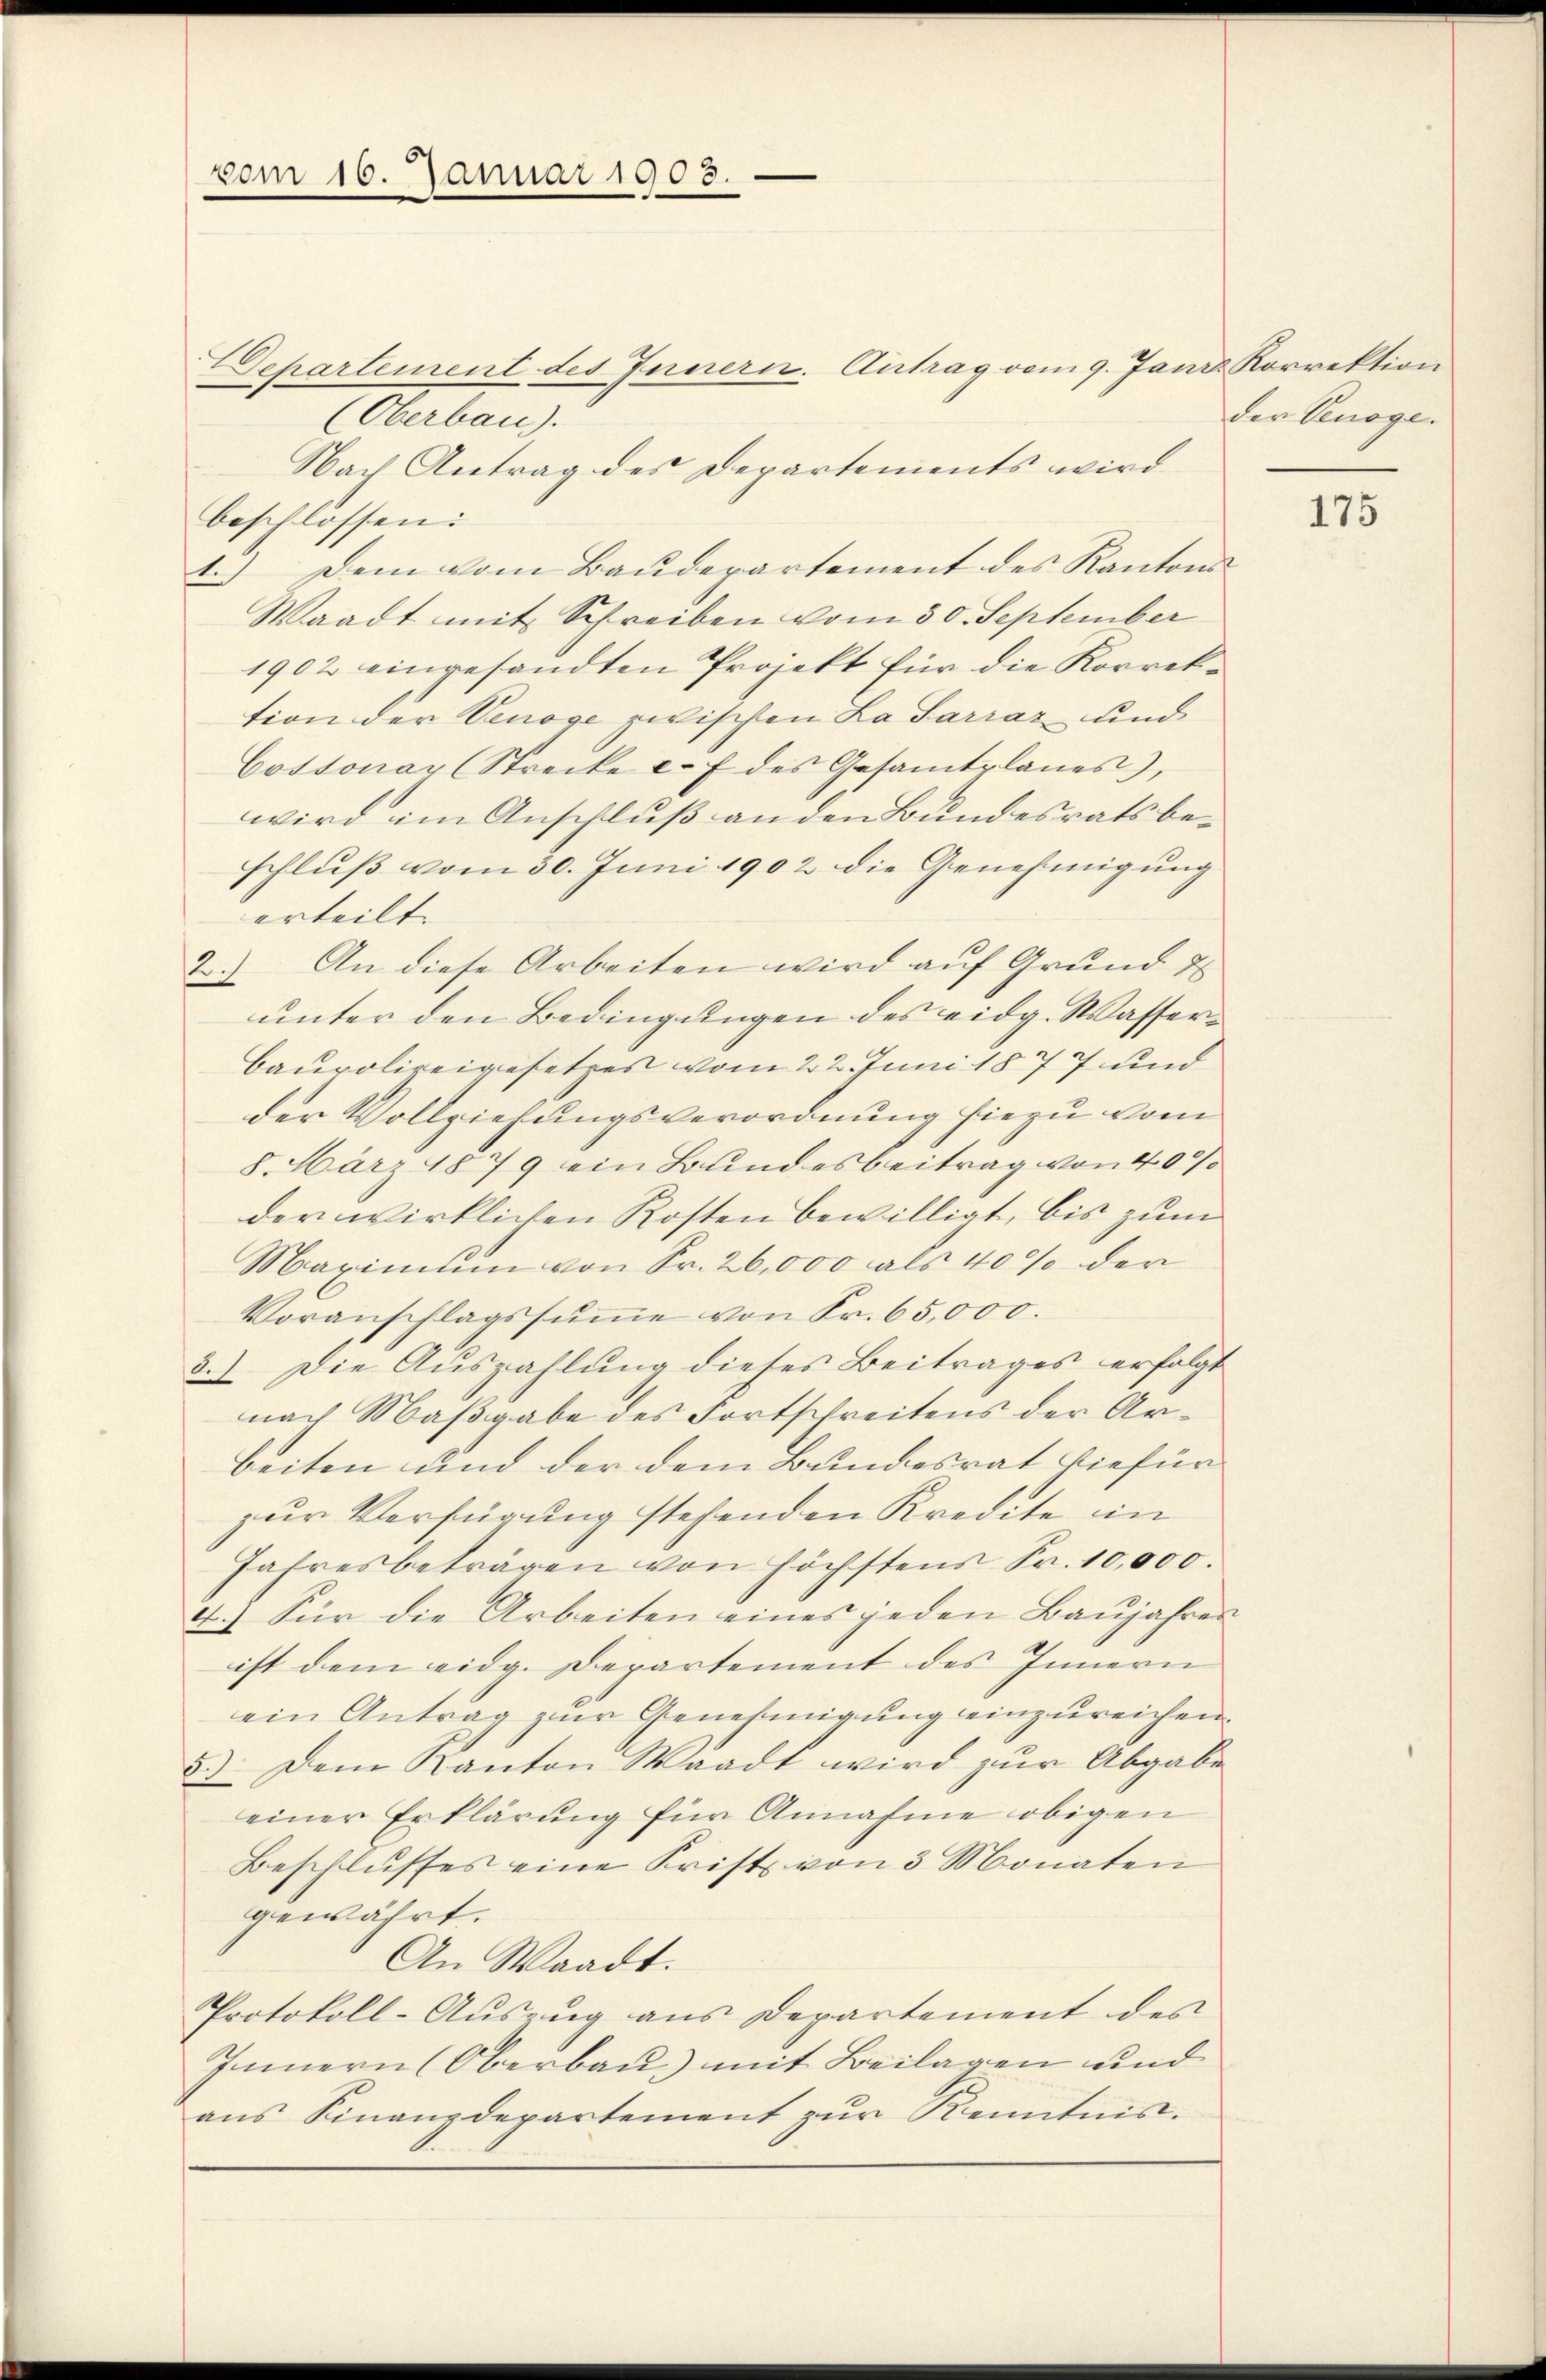
vom 16. Januar 1903.

Departement des Innern. Antrag vom 9. Janr. Korrektion
(Oberbau).
Nach Antrag des Departements wird
beschlossen:
1.) Dem vom Baŭdepartement des Kantons
Waadt mit Schreiben vom 30. September
1902 eingesandten Projekt für die Korrektion der Venöge zwischen La Sarraz und
Cossonar (Strecke u. 7 des Gesamtplanes),
wird im Anschluß an den Bundesrats beschluß vom 30. Juni 1902 die Genehmigung
erteilt. |
2.) An diese Arbeiten wird auf Grund u
unter den Bedingungen des eidg. Wasserin
Caupolizeigesetzes vom 22. Juni 1877 und
der Vollziehungsverordnung hiezu vom
8. März 1879 ein Bundesbeitrag von 400
der wirklichen Kosten bewilligt, bis zum
Maximum von Fr. 26,000 als 40% der
Voranschlagssŭṁe von Sr. 65,000.
3.) Die Auszahlung dieses Beitrages erfolgt
nach Maßgabe des Fortschreitens der Arbeiten und der dem Bundesrat hiefür
zur Verfügung stehenden Kredite in
Jahresbeträgen von höchstens Fr. 10,000.
4.) Für die Arbeiten eines jeden Baŭjahren
ist dem eidg. Departement des Innern
ein Antrag zur Genehmigung einzureichen.
5.) Dem Kanton Waadt wird zŭr Abgabe
einer Erklärung für Annahme obigen
Beschlusses eine Frist von 3 Monaten
gewährt.
An Waadt.
Protokoll-Auszug aus Departement des
Innnern (Oberbau) mit Beilagen und
ans Finanzdepartement zŭr Kenntnis.

der Venöge.

175